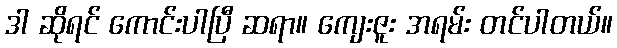
ဒါ ဆိုရင် ကောင်းပါပြီ ဆရာ။ ကျေးဇူး အရမ်း တင်ပါတယ်။